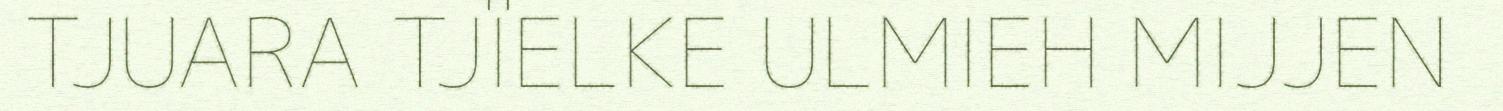
TJUARA TJÏELKE ULMIEH MIJJEN